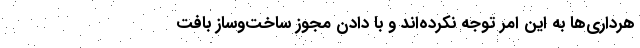
هرداری‌ها به این امر توجه نکرده‌اند و با دادن مجوز ساخت‌وساز بافت